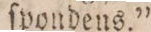
ſpondens.”